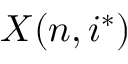
X ( n , i ^ { * } )